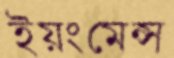
ইয়ংমেন্স